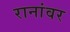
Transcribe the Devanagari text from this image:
रानांवर